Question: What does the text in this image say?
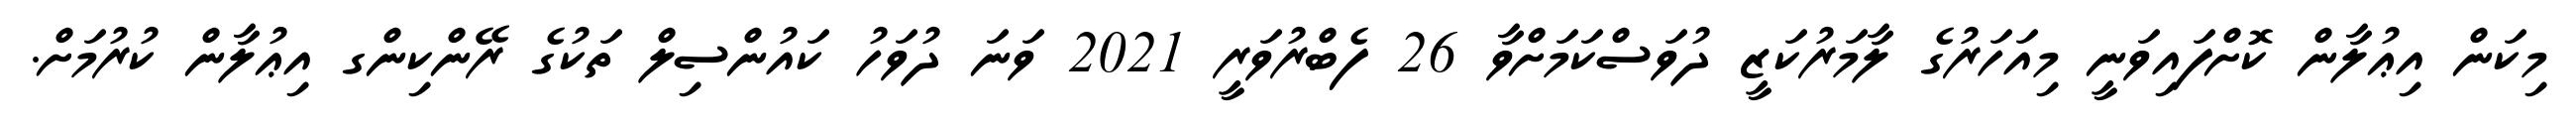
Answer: މިކަން އިޢުލާން ކޮށްފައިވަނީ މިއަހަރުގެ ލާމަރުކަޒީ ދުވަސްކަމަށްވާ 26 ފެބްރުވަރީ 2021 ވަނަ ދުވަހު ކައުންސިލް ތަކުގެ ރޭންކިންގ އިޢުލާން ކުރުމަށް.